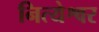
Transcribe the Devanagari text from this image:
नित्येश्वर